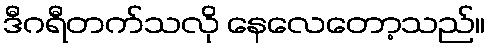
ဒီဂရီတက်သလို နေလေတော့သည်။